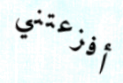
أفزعتني